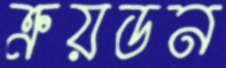
ক্রয়ডন